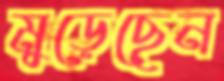
মুড়েছেন